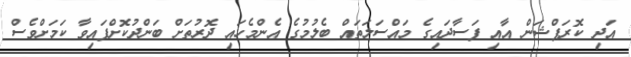
އަދި ކޮރަޕްޝަން އާއި ފަސާދައިގެ މައްސަލަތައް ބެލުމުގެ އެންމެހައި ދޮރުތަށް ބަންދުކޮށްފައިވާ ކަމަށްވެސް